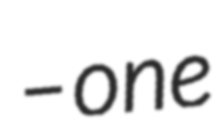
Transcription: – one